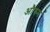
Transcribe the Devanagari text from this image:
औरुम